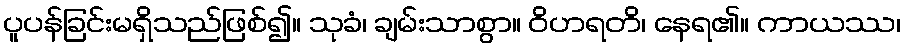
ပူပန်ခြင်းမရှိသည်ဖြစ်၍။ သုခံ၊ ချမ်းသာစွာ။ ဝိဟရတိ၊ နေရ၏။ ကာယဿ၊